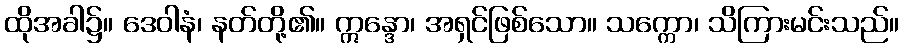
ထိုအခါ၌။ ဒေဝါနံ၊ နတ်တို့၏။ ဣန္ဒော၊ အရှင်ဖြစ်သော။ သက္ကော၊ သိကြားမင်းသည်။